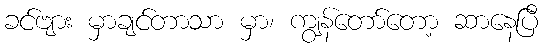
ခင်ဗျား မှာချင်တာသာ မှာ၊ ကျွန်တော်တော့ ဆာနေပြီ